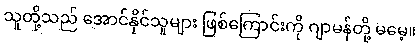
သူတို့သည် အောင်နိုင်သူများ ဖြစ်ကြောင်းကို ဂျာမန်တို့ မမေ့။